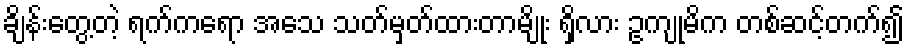
ချိန်းတွေ့တဲ့ ရက်ကရော အသေ သတ်မှတ်ထားတာမျိုး ရှိလား ဥကျုမိက တစ်ဆင့်တက်၍